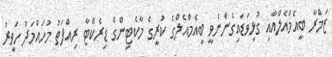
ޒަމްރާ ބީއެމްއެލްއާއި ގުޅިވަޑައިގެންނެވީ ބީއެމްއެލްގެ ކުރީގެ މާކެޓިންގް ޑިރެކްޓާ ރިއްފަތު މުހައްމަދު ހަވީރު